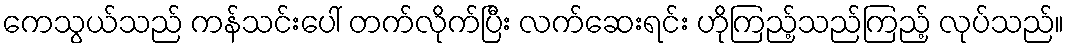
ကေသွယ်သည် ကန်သင်းပေါ် တက်လိုက်ပြီး လက်ဆေးရင်း ဟိုကြည့်သည်ကြည့် လုပ်သည်။